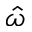
\hat { \omega }